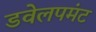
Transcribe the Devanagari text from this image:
डवेलपमंट